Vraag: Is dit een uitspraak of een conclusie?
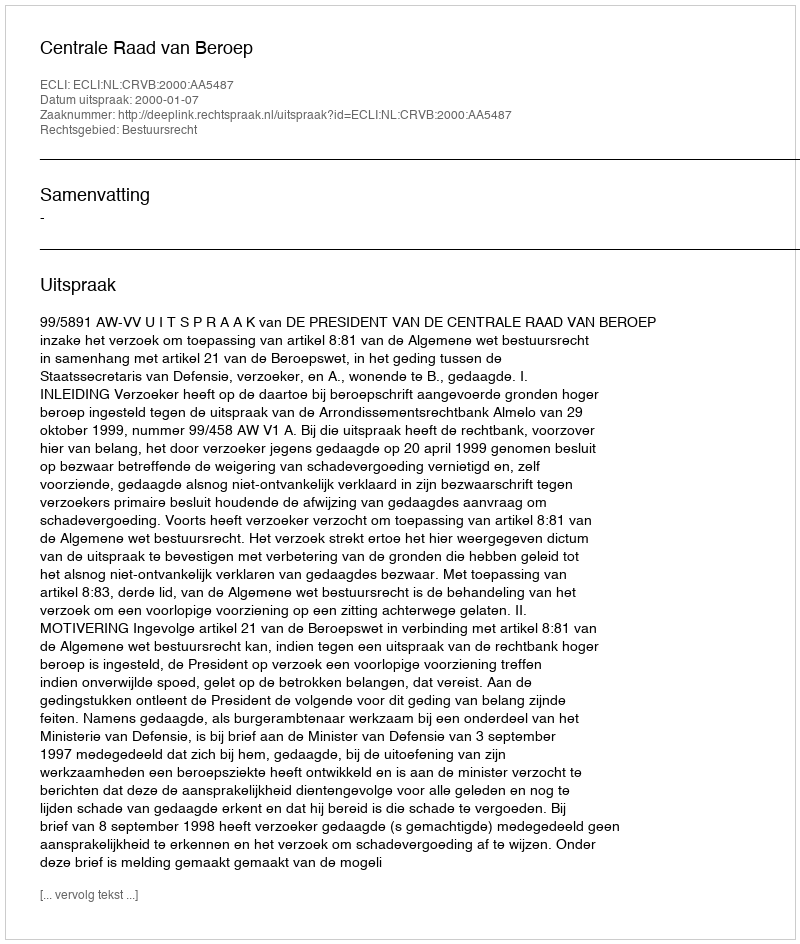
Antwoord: Uitspraak